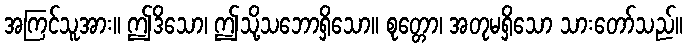
အကြင်သူအား။ ဤဒိသော၊ ဤသို့သဘောရှိသော။ စုတ္တော၊ အတုမရှိသော သားတော်သည်။